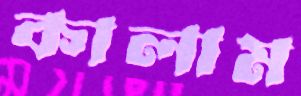
কালাম